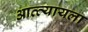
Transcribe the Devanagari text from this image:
आत्त्यायला